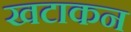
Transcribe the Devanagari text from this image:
खटाकन